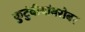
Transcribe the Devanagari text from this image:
कुटुंबीयांबरोबर